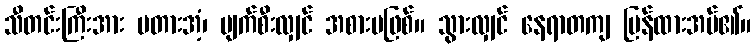
သီတင်းကြီးအား မတားအံ့၊ ပျက်စီးလျှင် အစားမဖြစ်။ သွားလျှင် နေရာတကျ ပြန်ထားအပ်၏။